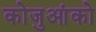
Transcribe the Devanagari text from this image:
कोजुआंको